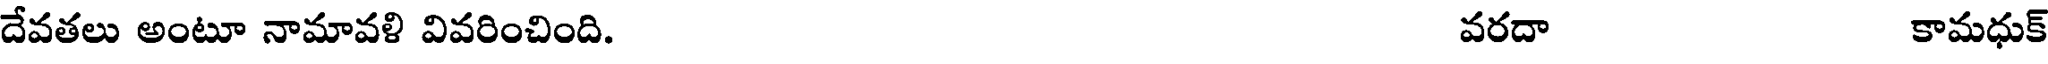
దేవతలు అంటూ నామావళి వివరించింది. వరదా కామధుక్